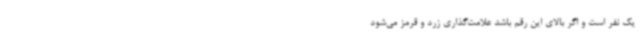
یک نفر است و اگر بالای این رقم باشد علامت‌گذاری زرد و قرمز می‌شود